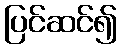
ပြင်ဆင်၍